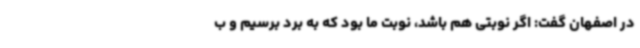
در اصفهان گفت: اگر نوبتی هم باشد، نوبت ما بود که به برد برسیم و ب